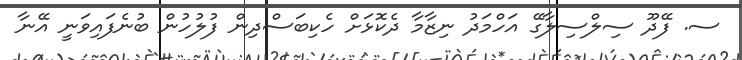
ސ. ފޭދޫ ސިލްސިލާގޭ އަހްމަދު ނިޒާމާ ދެކޮޅަށް ހެކިބަސްދިން ފުލުހުން ބުނެފައިވަނީ އޭނާ